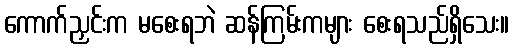
ကောက်ညှင်းက မစေးရဘဲ ဆန်ကြမ်းကများ စေးရသည်ရှိသေး။